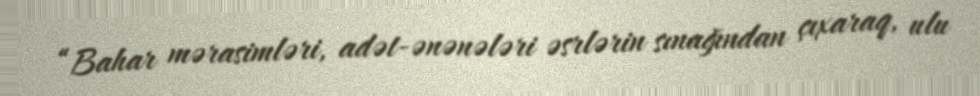
“Bahar mərasimləri, adət-ənənələri əsrlərin sınağından çıxaraq, ulu